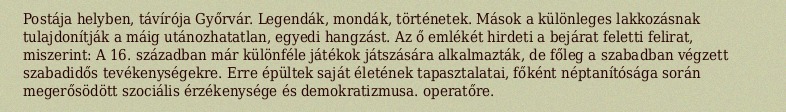
Postája helyben, távírója Győrvár. Legendák, mondák, történetek. Mások a különleges lakkozásnak tulajdonítják a máig utánozhatatlan, egyedi hangzást. Az ő emlékét hirdeti a bejárat feletti felirat, miszerint: A 16. században már különféle játékok játszására alkalmazták, de főleg a szabadban végzett szabadidős tevékenységekre. Erre épültek saját életének tapasztalatai, főként néptanítósága során megerősödött szociális érzékenysége és demokratizmusa. operatőre.